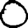
Digit: 0